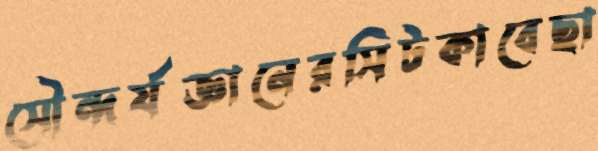
সৌন্দর্যজ্ঞানেরসিটকাবেছা